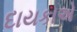
દાયકાએ